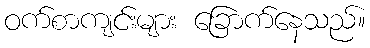
ဝက်စာကျင်းများ ခြောက်နေသည်။